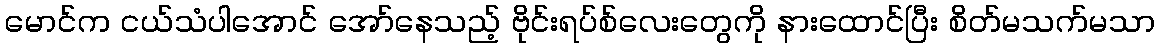
မောင်က ငယ်သံပါအောင် အော်နေသည့် ဗိုင်းရပ်စ်လေးတွေကို နားထောင်ပြီး စိတ်မသက်မသာ